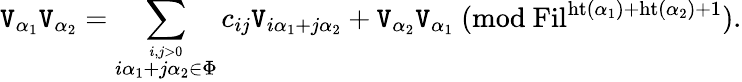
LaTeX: \mathtt{V}_{\alpha_{1}}\mathtt{V}_{\alpha_{2}}=\sum_{\stackrel{i,j>0}{i\alpha_{1}+j\alpha_{2}\in\Phi}}c_{ij}\mathtt{V}_{i\alpha_{1}+j\alpha_{2}}+\mathtt{V}_{\alpha_{2}}\mathtt{V}_{\alpha_{1}}\mathrm{{~}}(\mathrm{{mod}}\mathrm{{~}}\mathrm{{Fil}}^{\mathrm{{ht}}(\alpha_{1})+\mathrm{{ht}}(\alpha_{2})+1}).